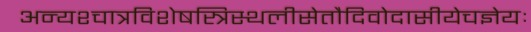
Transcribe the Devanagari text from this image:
अन्यश्चात्रविशेषस्त्रिस्थलीसेतौदिवोदासीयेचज्ञेयः